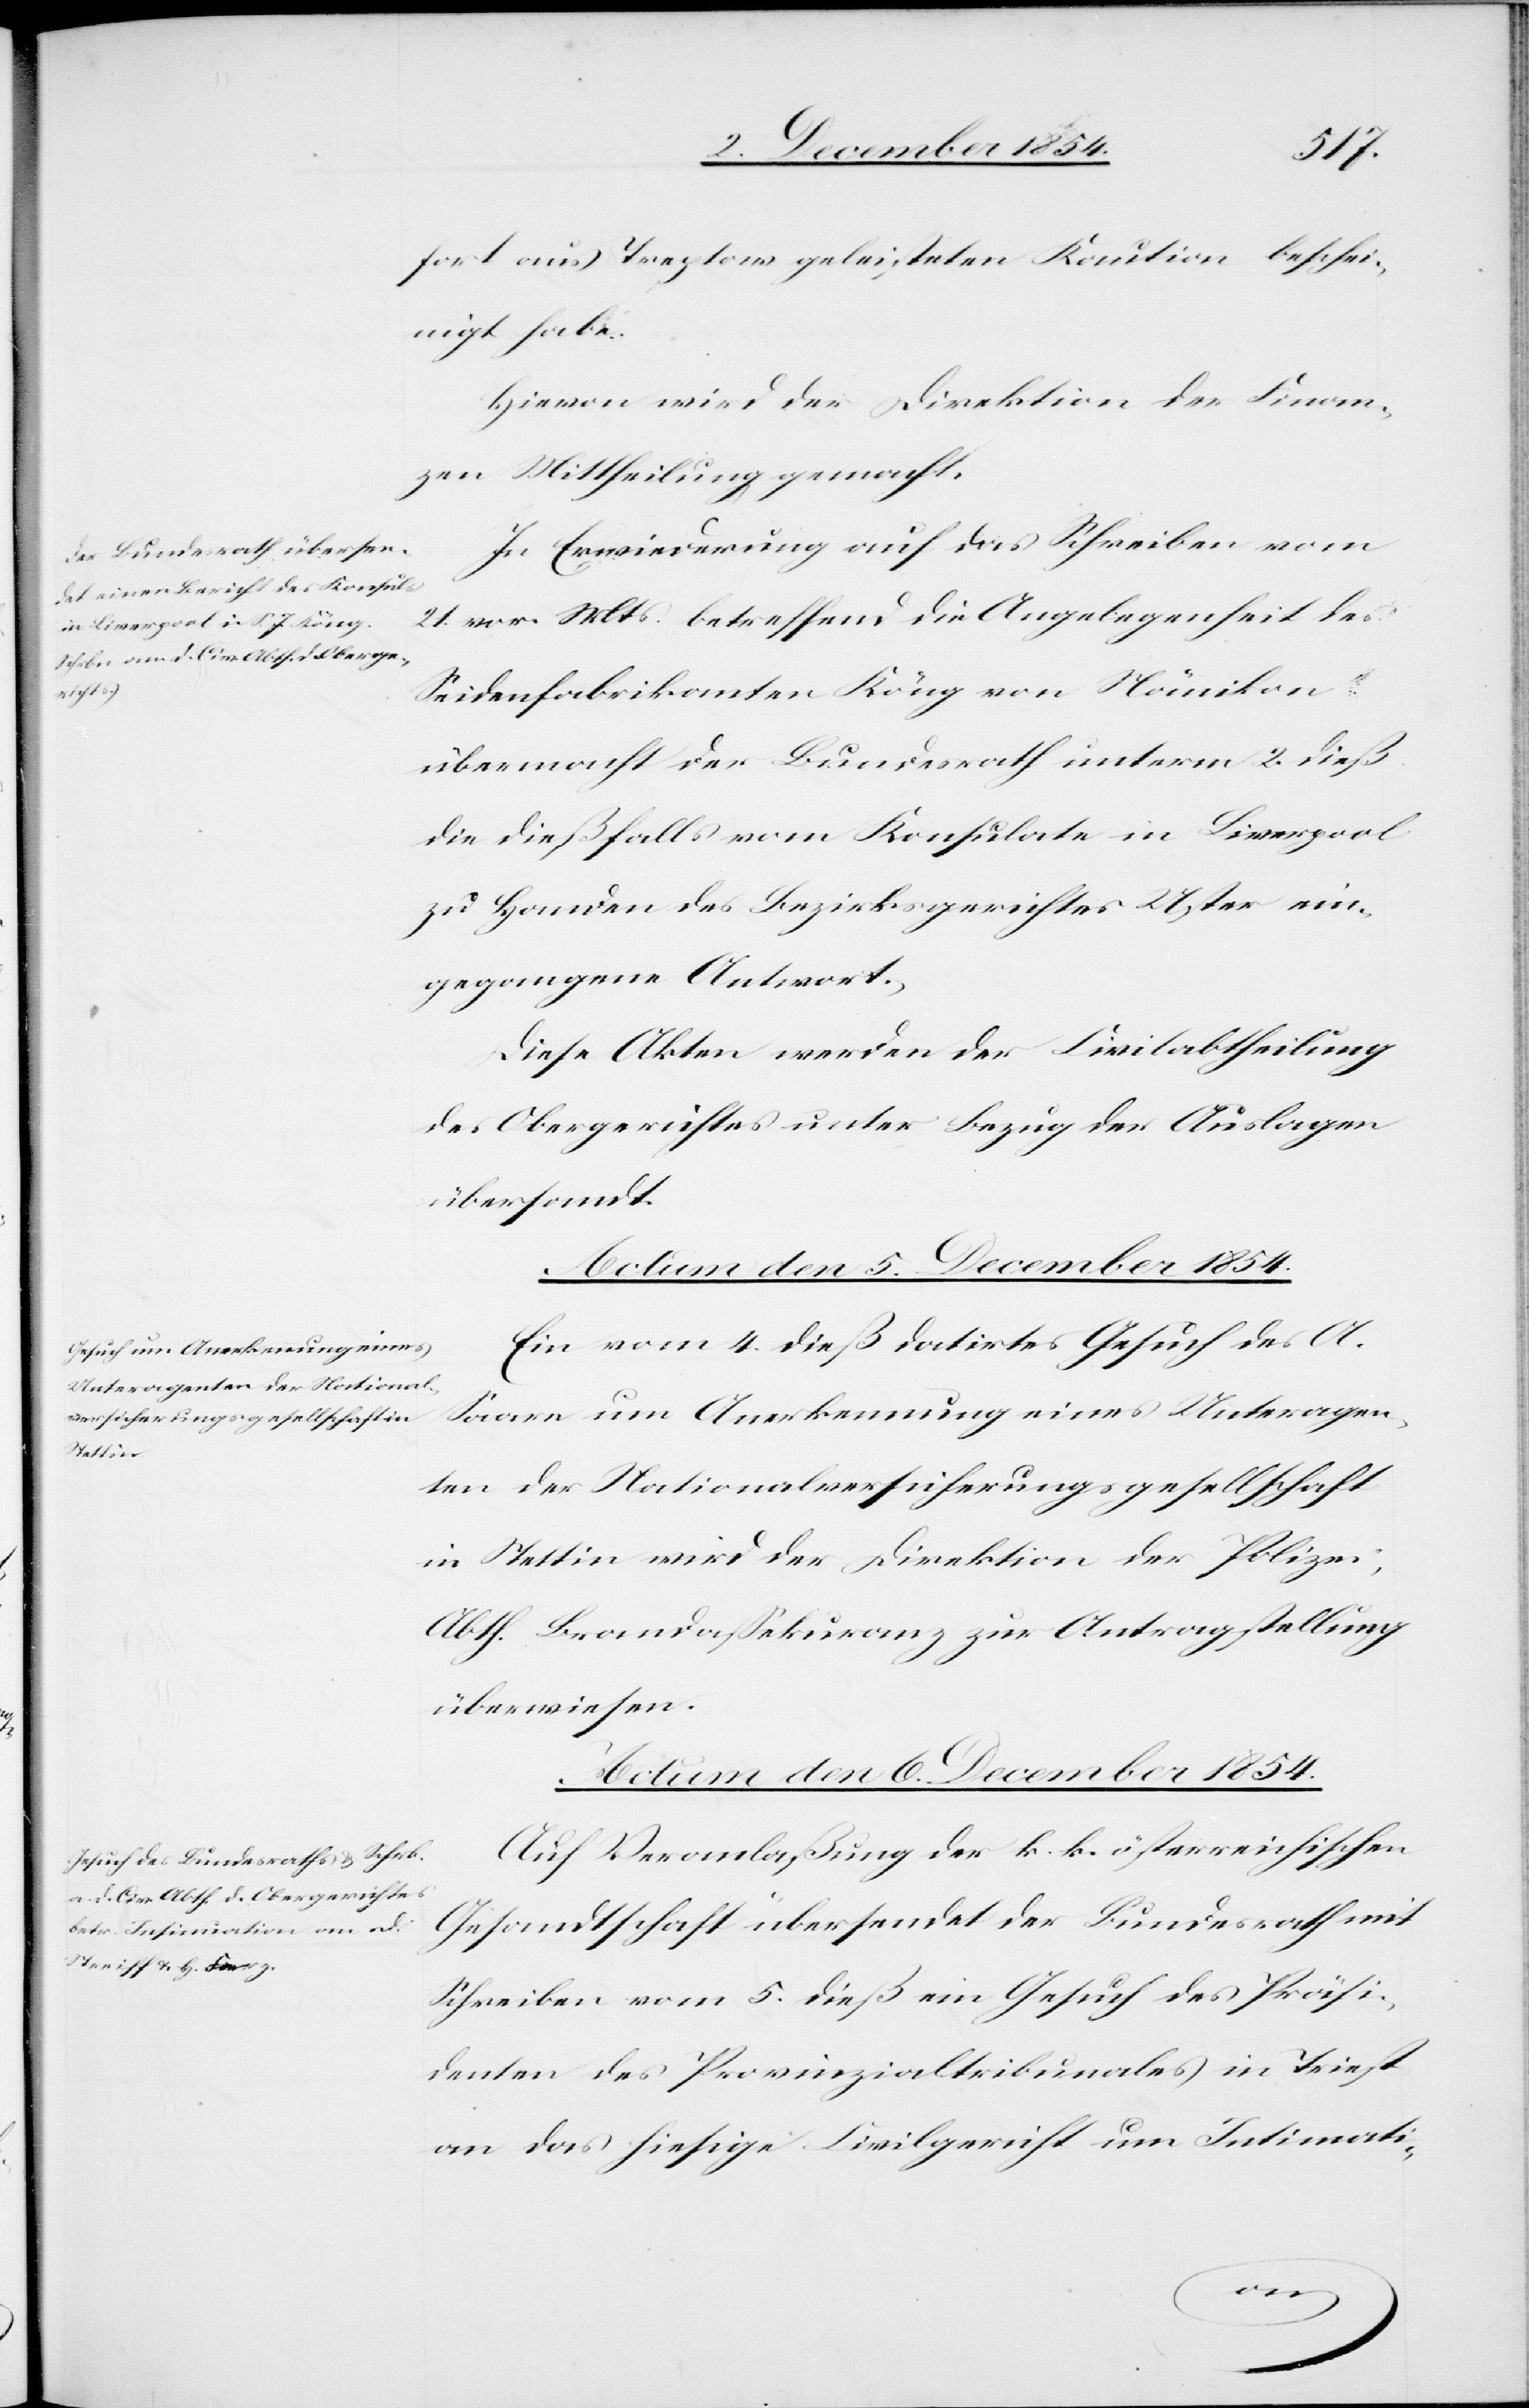
fort aus Treptow geleisteten Kaution beschei¬
nigt habe.
Hievon wird der Direktion der Finan¬
zen Mittheilung gemacht.
In Erwiederung auf das Schreiben vom
21. vor. Mts. betreffend die Angelegenheit des
Seidenfabrikanten Köng von Nänikon
übermacht der Bundesrath unterm 2. dieß
die dießfalls vom Konsulate in Liverpool
zu Handen des Bezirksgerichtes Uster ein¬
gegangene Antwort.
Diese Akten werden der Civilabtheilung
des Obergerichtes unter Bezug der Auslagen
übersandt.
Actum den 5. December 1854.]
Ein vom 4. dieß datirtes Gesuch des A.
Saarn um Anerkennung eines Unteragen¬
ten der Nationalversicherungsgesellschaft
in Stettin wird der Direktion der Polizei,
Abth. Brandaßekuranz zur Antragstellung
überwiesen.
Actum den 6. December 1854.
Auf Veranlaßung der k. k. österreichischen
Gesandtschaft übersendet der Bundesrath mit
Schreiben vom 5. dieß ein Gesuch des Präsi¬
denten des Provinzialtribunales in Triest
an das hiesige Civilgericht um Insinuati-